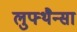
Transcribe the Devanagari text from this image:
लुफ्थैन्सा